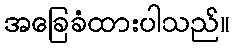
အခြေခံထားပါသည်။